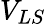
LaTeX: V_{LS}